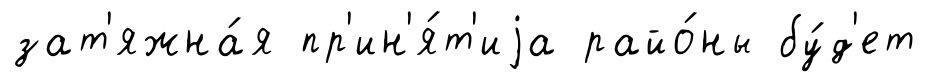
зат'яжна́я пр'ин'я́т'иjа райо́ны бу́д'ет